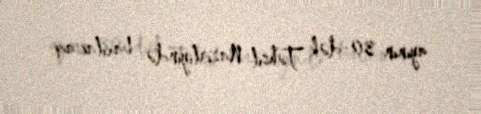
ayının 30-dək Təhsil Nazirliyində baxılacaq.